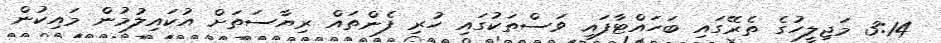
3:14 މަޖިލީހުގެ ތެރޭގައި ބަހައްޓާފައި ވަސްތަކުގައި ހުރި ފެންތައް ރިޔާސަތަށް އުކައިލުމުން މައިކުން